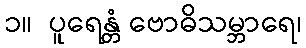
၁။  ပူရေန္တံ ဗောဓိသမ္ဘာရေ၊